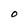
Character: O